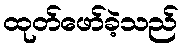
ထုတ်ဖော်ခဲ့သည်